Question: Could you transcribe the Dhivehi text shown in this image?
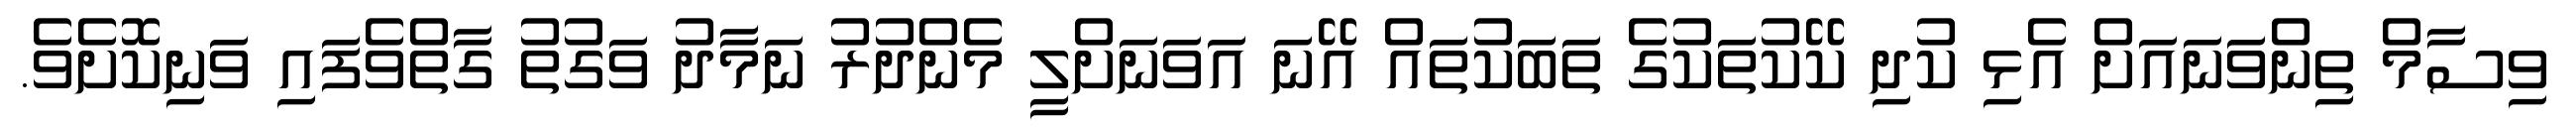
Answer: ވިސާމް ތިންވަނައަށް އެޅި ކުދި ކޭކުތަކުގެ ތަބަކުތައް އޭނަ އަވަނަށްލީ މެންދުރު ނަމާދު ވަގުތު ގާތްވެފައި ވަނިކޮށެވެ.